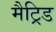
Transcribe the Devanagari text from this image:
मैट्रिड